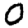
Digit: 0